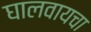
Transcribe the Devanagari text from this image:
घालवायचा